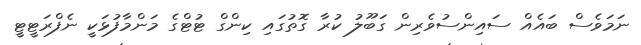
ނަމަވެސް ބައެއް ސައިންސުވެރިން ގަބޫލު ކުރާ ގޮތުގައި ކިންގް ޓުޓްގެ މަންމާފުޅަކީ ނެފްރަޓީޓީ